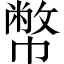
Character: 幣